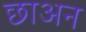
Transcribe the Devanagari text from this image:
छाअन